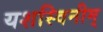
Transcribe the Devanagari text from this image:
यशस्विनीम्‌